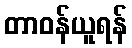
တာဝန်ယူရန်